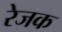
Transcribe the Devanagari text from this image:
रेजक